Bombay plague: being a history of the progress of plague in the Bombay presidency from September 1896 to June 1899
Year: 1896
Disease focus: Plague
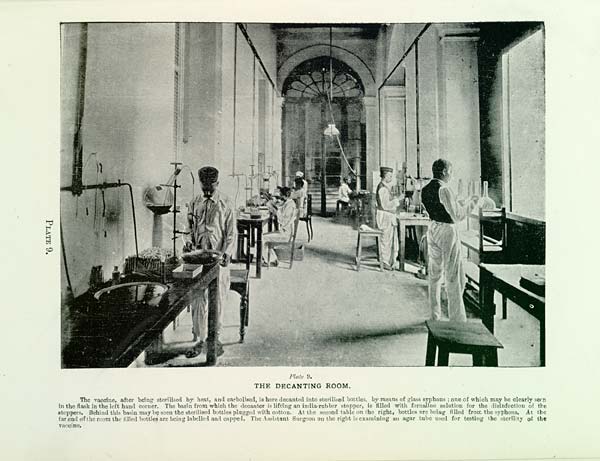
PLATE 9.
Plate 9.
THE DECANTING ROOM.
The vaccine, after being sterilised by heat, and carbolised, is here decanted into sterilised bottles, by means of glass syphons; one of which may be clearly seen
in the flask in the left hand corner. The basin from which the decanter is lifting an india-rubber stopper, is filled with fornaline solution for the disinfection of the
stoppers. Behind this basin may be seen the sterilised bottles plugged with cotton. At the second table on the right, bottles are being filled from the syphons. At the
far end of the room the filled bottles are being labelled and capped. The Assistant Surgeon on the right is examining an agar tube used for testing the sterility of the
vaccine.